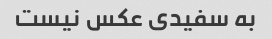
به سفیدی عکس نیست